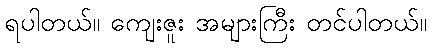
ရပါတယ်။ ကျေးဇူး အများကြီး တင်ပါတယ်။